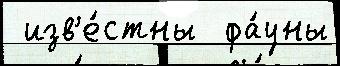
 изв'е́стны  фа́уны